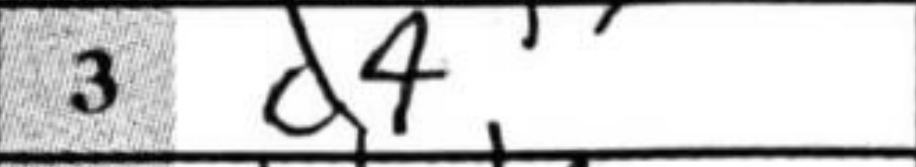
Transcription: d4